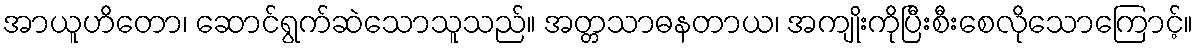
အာယူဟိတော၊ ဆောင်ရွက်ဆဲသောသူသည်။ အတ္တသာဓနတာယ၊ အကျိုးကိုပြီးစီးစေလိုသောကြောင့်။